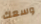
وسعك